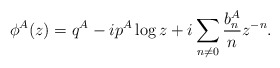
\begin{align*}\phi^A(z)=q^A-ip^A\log{z}+i\sum_{n\not=0}{{b_{n}^A\over n}z^{-n}}.\end{align*}